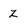
Character: z